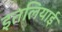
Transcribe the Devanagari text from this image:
इतलियाई